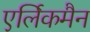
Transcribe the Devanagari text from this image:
एर्लिकमैन